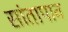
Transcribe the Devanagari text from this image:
सांतापाव